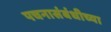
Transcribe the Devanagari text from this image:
पचनासंबंधीच्या